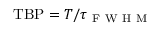
\mathrm { T B P } = T / \tau _ { \mathrm { ~ F ~ W ~ H ~ M ~ } }